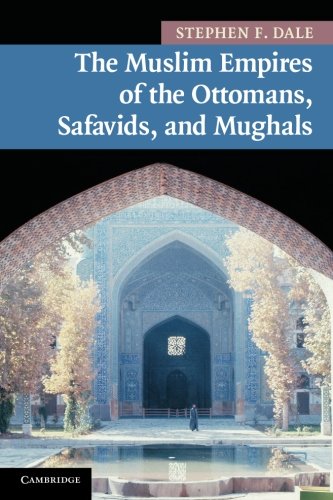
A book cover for The Muslim Empires of the Ottomans, Safavids, and Mughals (New Approaches to Asian History); Stephen F. Dale; History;